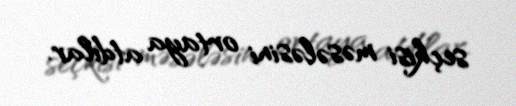
seçkisi məsələsini ortaya atdılar.